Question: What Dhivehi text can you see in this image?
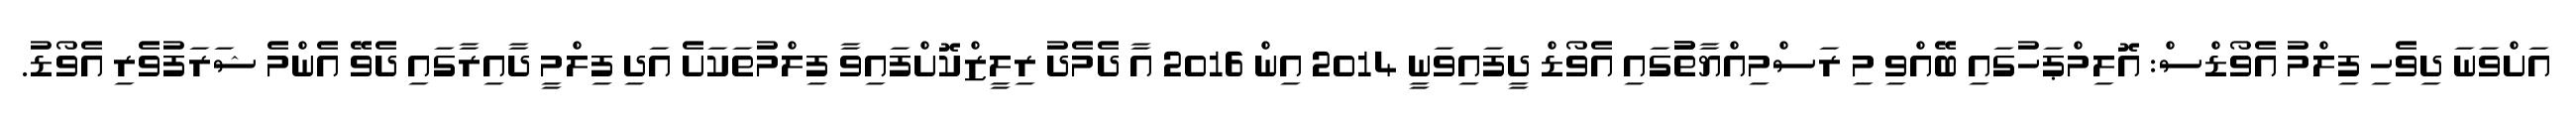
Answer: އަށްވަނަ ދިވެހި ފިލްމު އެވޯޑްސް: އޮލިމްޕަހުގައި ބޭއްވި މި ރަސްމިއްޔާތުުގައި އެވޯޑް ދީފައިވަނީ 2014 އިން 2016 އާ ދެމެދު ރިލީޒްކޮށްފައިވާ ފިލްމުތަކަށެ އަދި ފިލްމީ ދާއިރާގައި ދެވޭ އެންމެ ޝަރަފުވެރި އެވޯޑު.